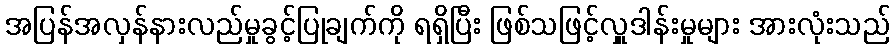
အပြန်အလှန်နားလည်မှုခွင့်ပြုချက်ကို ရရှိပြီး ဖြစ်သဖြင့်လှူဒါန်းမှုများ အားလုံးသည်